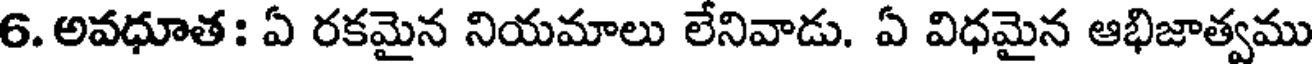
6. అవధూత : ఏ రకమైన నియమాలు లేనివాడు. ఏ విధమైన ఆభిజాత్వము